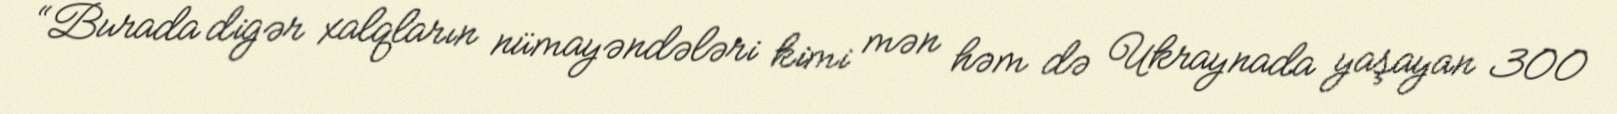
“Burada digər xalqların nümayəndələri kimi mən həm də Ukraynada yaşayan 300